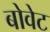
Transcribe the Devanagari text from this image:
बोवेट